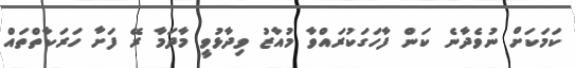
ކަމަކަށް ނުވެދާނެ ކަން ފާހަގަކުރައްވާ މުއާޒު ވިދާޅުވީ މާދަމާ ރޭ ފަށާ ހަރަކާތްތައް